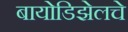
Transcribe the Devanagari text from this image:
बायोडिझेलचे